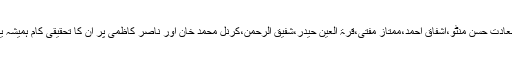
راشد، میرا جی،سعادت حسن منٹو،اشفاق احمد،ممتاز مفتی،قرۃ العین حیدر،شفیق الرحمن،کرنل محمد خان اور ناصر کاظمی پر ان کا تحقیقی کام ہمیشہ یاد رکھا جائے گا۔